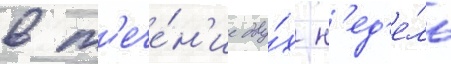
в т'ече́н'ие дву́х н'ед'е́ль